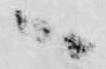
へ